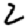
Digit: 2